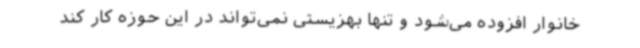
خانوار افزوده می‌شود و تنها بهزیستی نمی‌تواند در این حوزه کار کند